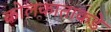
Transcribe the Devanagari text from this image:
कोलकाताकडे